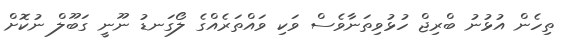
ތިހެން އުޅުނު ބްރިޖް ހުޅުވިތަނާވެސް ވަކި ވައްތަރެއްގެ ލޯގަނޑު ނޫނީ ގަބޫލް ނުކޮށް